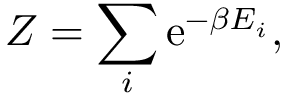
Z = \sum _ { i } \mathrm { e } ^ { - \beta E _ { i } } ,